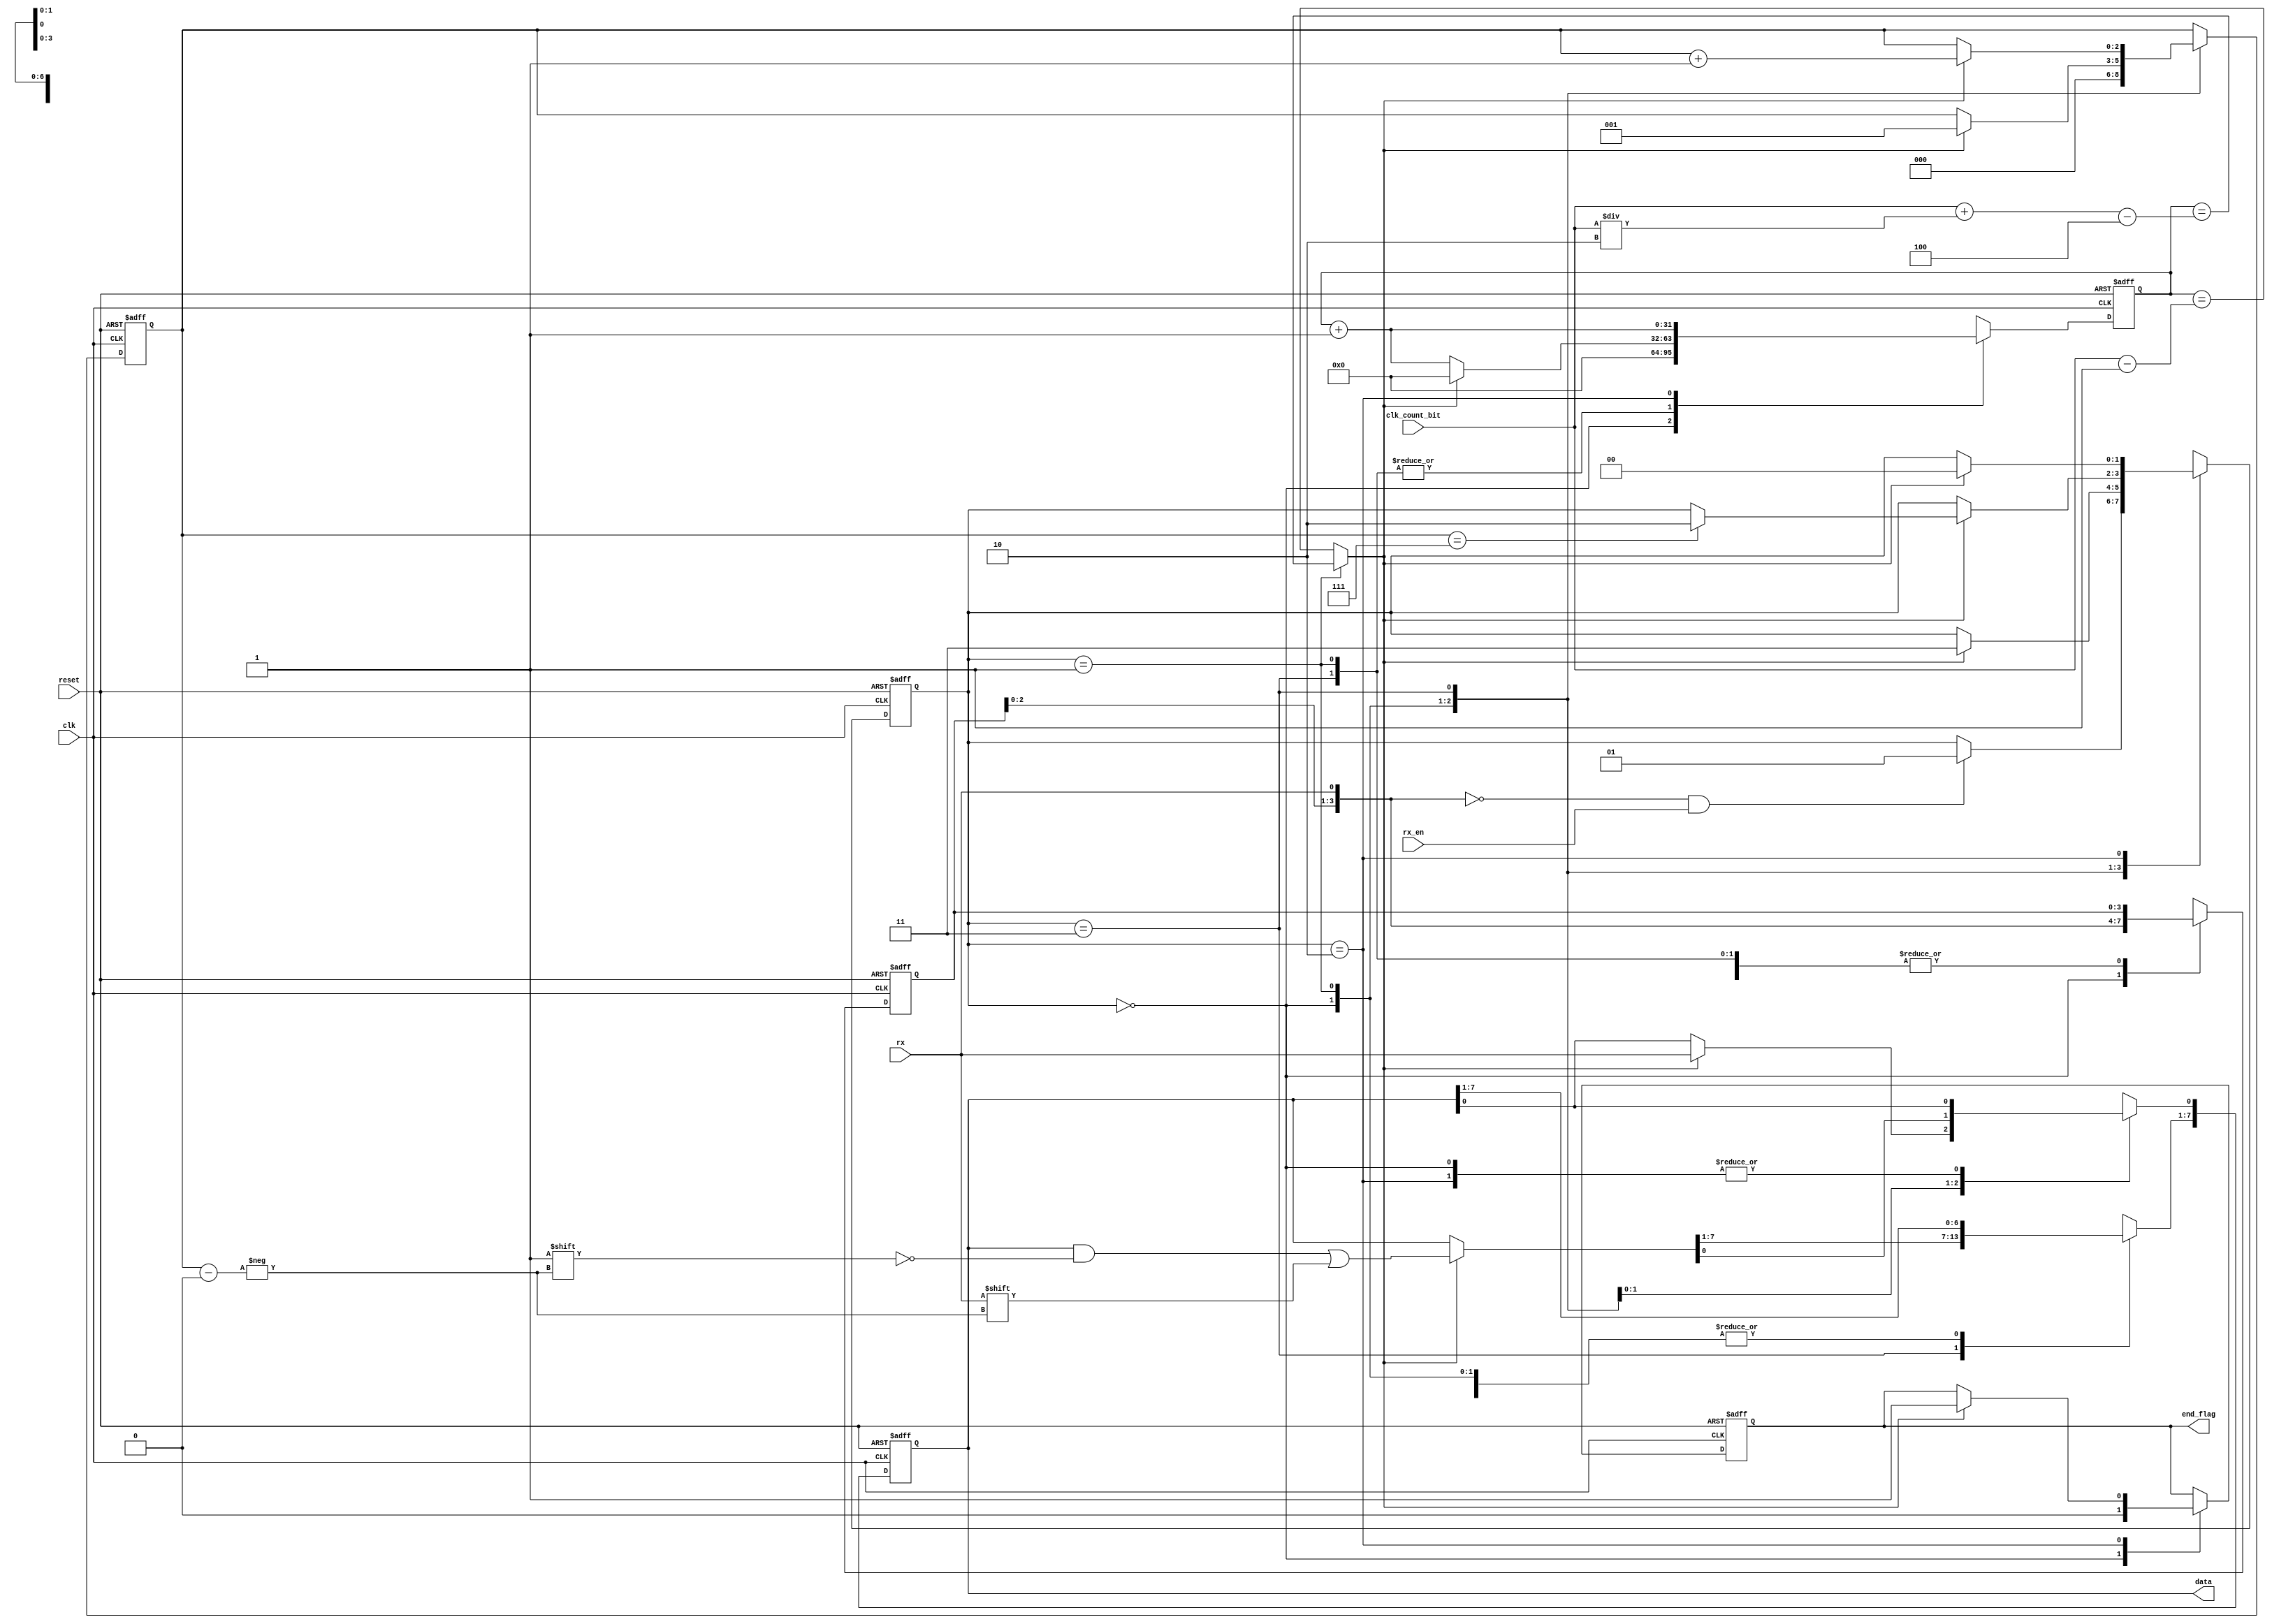
// Copyright 2021 cpu-dev
//
// Licensed under the Apache License, Version 2.0 (the "License");
// you may not use this file except in compliance with the License.
// You may obtain a copy of the License at
//
//      http://www.apache.org/licenses/LICENSE-2.0
//
// Unless required by applicable law or agreed to in writing, software
// distributed under the License is distributed on an "AS IS" BASIS,
// WITHOUT WARRANTIES OR CONDITIONS OF ANY KIND, either express or implied.
// See the License for the specific language governing permissions and
// limitations under the License.

module rx(clk, reset, rx_en, rx, data, end_flag, clk_count_bit);
    input wire clk;
    input wire reset;
    input wire rx_en;
    input wire rx;
    output reg[7:0] data;
    output reg end_flag;
    input wire [31:0] clk_count_bit;

    wire [31:0] clk_begin_to_receive;

    reg[1:0] state;
    reg[31:0] clk_count;
    reg[2:0] bit_count;
    reg[3:0] recent;
    wire update_flag;

    assign clk_begin_to_receive = clk_count_bit + clk_count_bit / 2 - 4;

    assign update_flag = (state == 2'b01) 
        ? clk_count == clk_begin_to_receive
        : clk_count == clk_count_bit - 32'd1;
    
    always @(posedge clk or posedge reset) begin
        if(reset) begin
            data <= 8'b0;
            end_flag <= 1'b0;
            state <= 2'b0;
            clk_count <= 32'd0;
            bit_count <= 3'd0;
            recent <= 4'b1111;
        end else begin
            case(state)
                2'b00: begin
                    clk_count <= 32'd0;
                    bit_count <= 3'd0;
                    end_flag <= 1'b0;
                    recent = {recent[2:0], rx};
                    state = (recent == 4'b0000) & rx_en ? 2'b01 : state;
                end
                2'b01: begin
                    clk_count <= clk_count + 32'd1;
                    if(update_flag) begin
                        state = 2'b11;
                        clk_count <= 32'd0;
                        data[2'd0] <= rx;
                        bit_count <= 3'd1;
                    end
                end
                2'b11: begin
                    clk_count <= clk_count + 32'd1;
                    if(update_flag) begin
                        state <= (bit_count == 3'd7) ? 2'b10 : state;
                        data[bit_count] <= rx;
                        bit_count <= bit_count + 3'd1;
                   clk_count <= 32'd0;
                    end
                end
                2'b10: begin
                    clk_count <= clk_count + 32'd1;
                    if(update_flag) begin
                        state <= 2'b00;
                        end_flag <= 1'b1;
                    end
                end
            endcase
        end
    end
endmodule